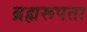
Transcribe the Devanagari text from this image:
ब्रह्मरूपता